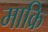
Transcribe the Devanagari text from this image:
माक्रि